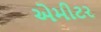
એમીટર